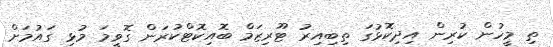
ތި މީހުން ކުރިން އިދިކޮޅުގަ ތިބިއިރު ޓޫރިޒަމް ބޮއިކޮޓްކުރަން ގޮވީމަ މުޅި ގައުމަށް